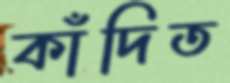
কাঁদিত